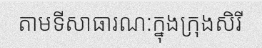
តាមទីសាធារណ:ក្នុងក្រុងសិរី